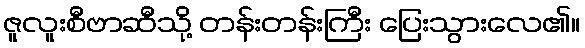
ဇူလူးစီဗာဆီသို့ တန်းတန်းကြီး ပြေးသွားလေ၏။